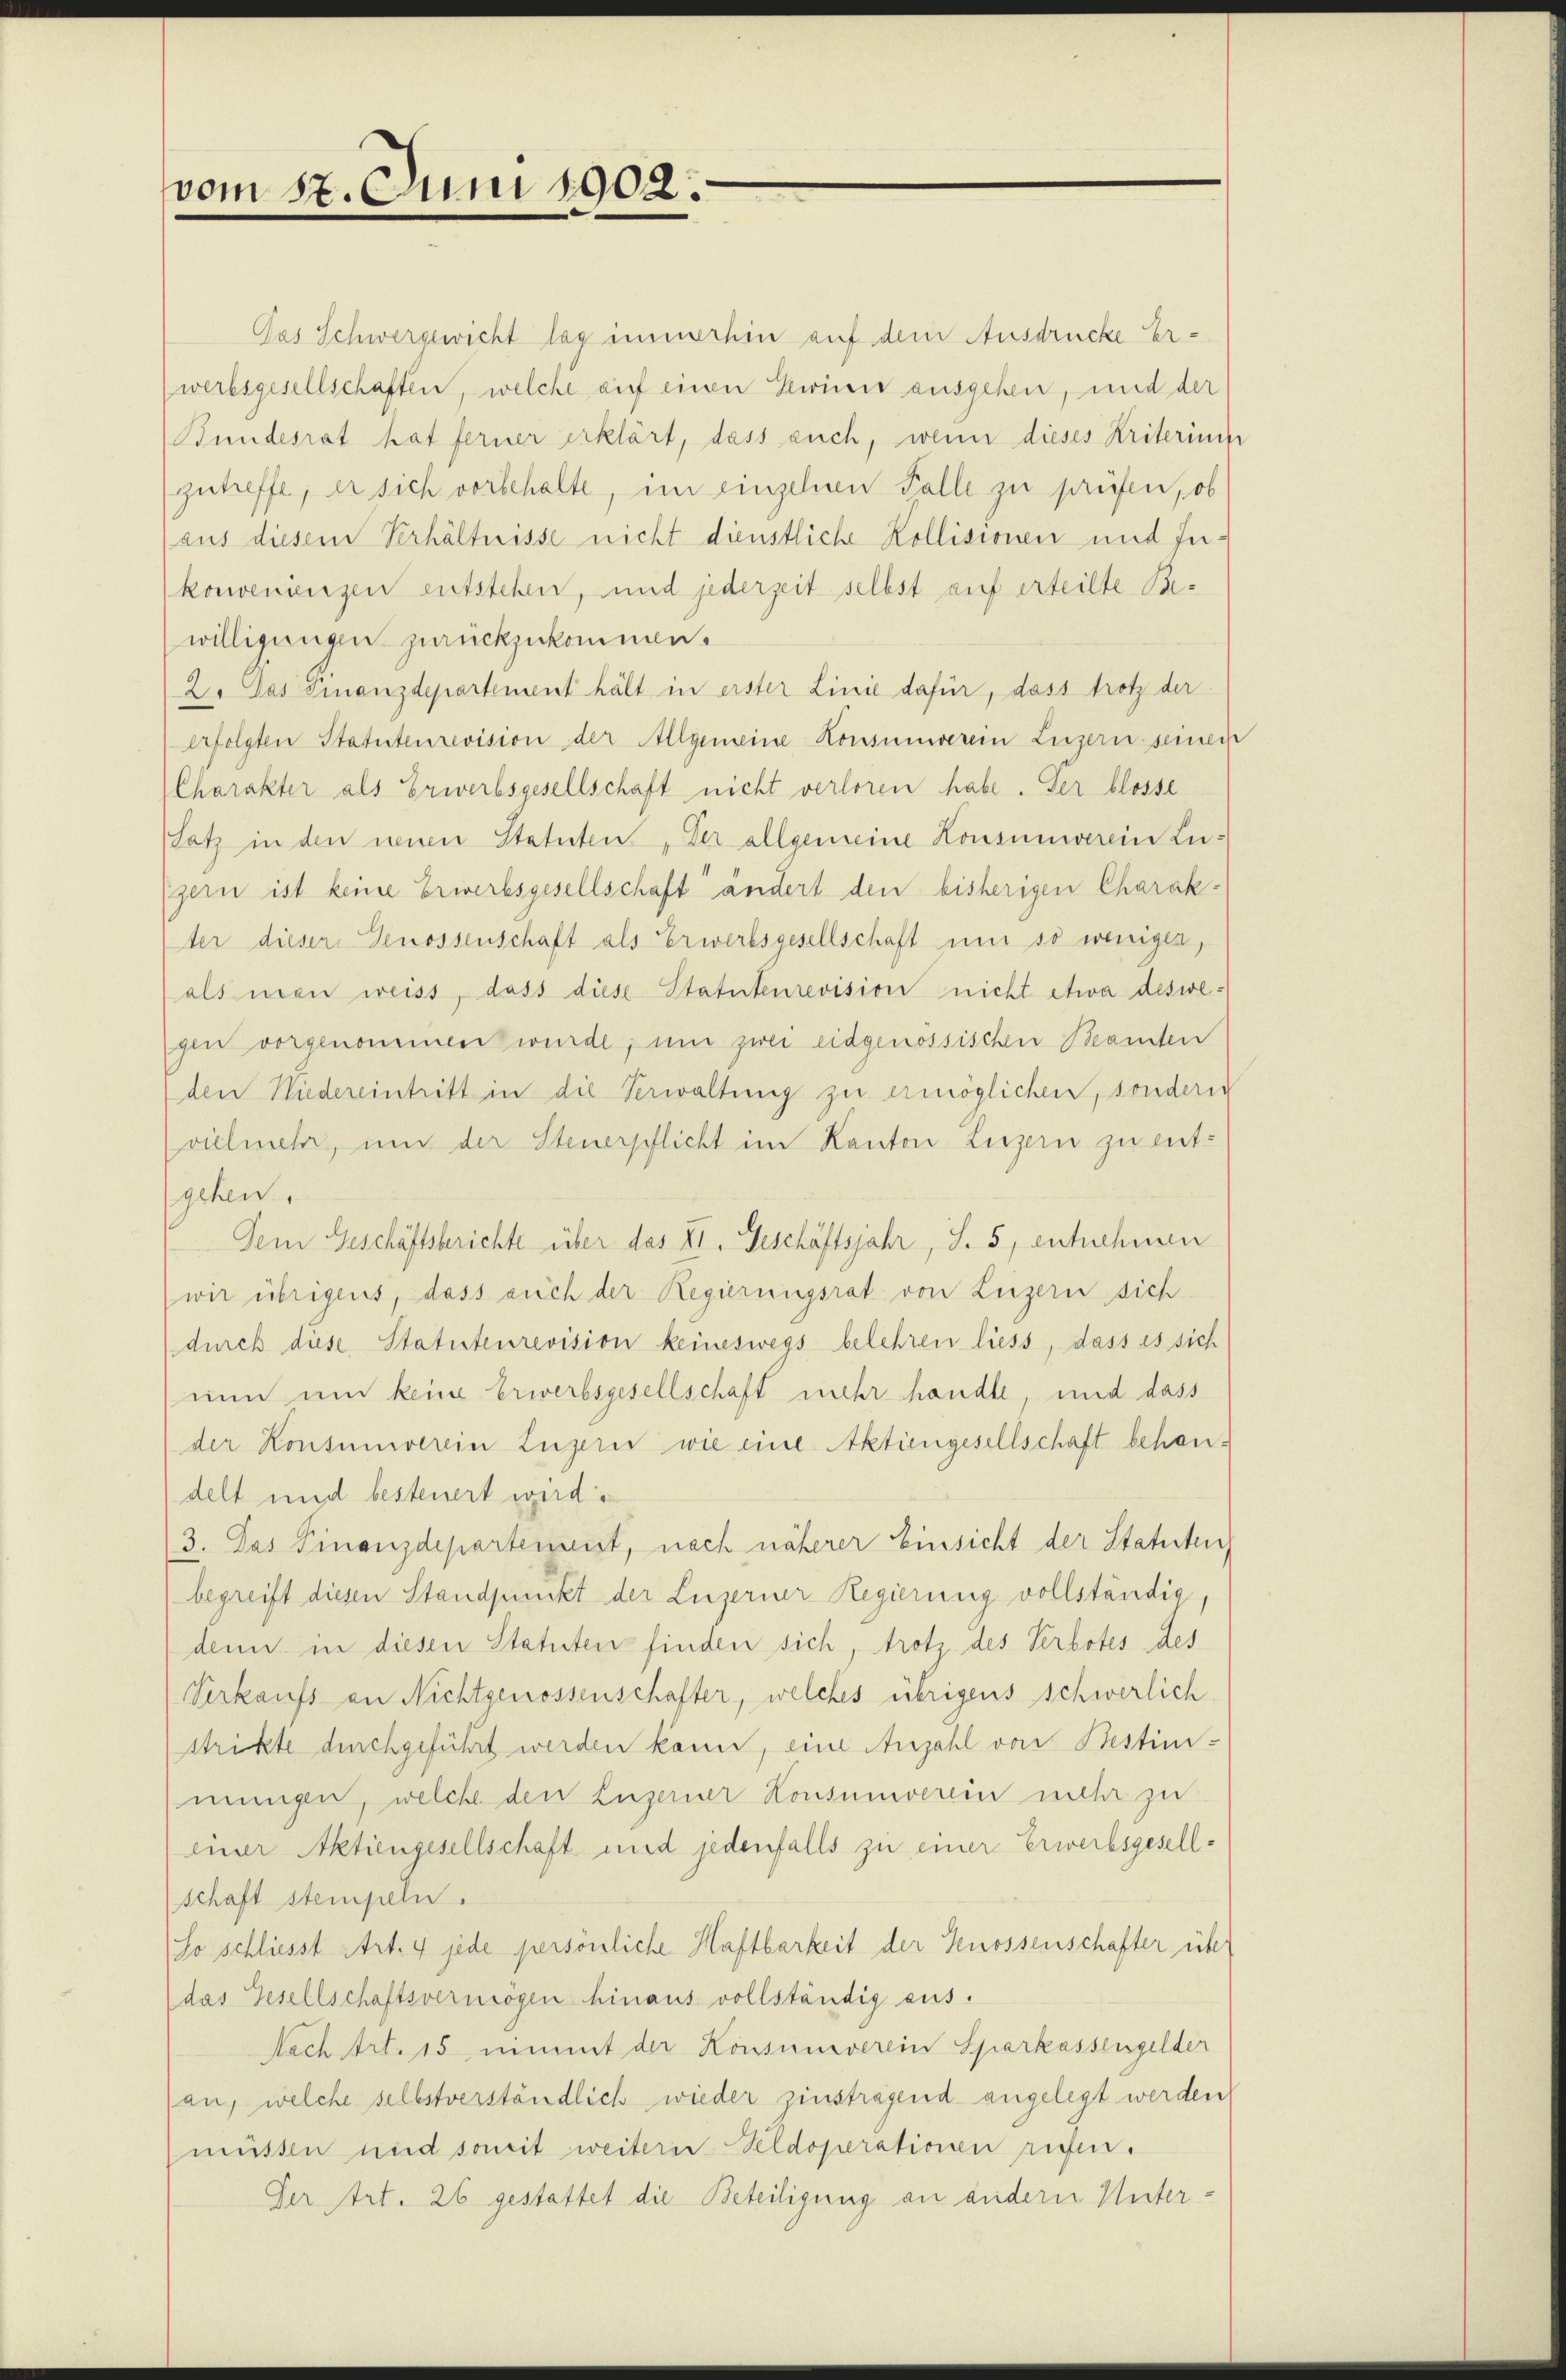
vom 17. Juni 1902.

Das Schwergewicht lag immerhin auf dem Ausdrücke Erwerbsgesellschaften, welche auf einen Keiner ausgehen, und der
Bundesrat hat ferner erklärt, dass auch, wenn dieses Kriterium
zutreffe; er sich vorbehalte, im einzelnen Falle zu prüfen, ob
aus diesem Verhältnisse nicht dienstliche Kollisionen und Inkonvenienzen entstehen, und jederzeit selbst auf erteilte Bewilligungen zurückzukommen.
2. Das Finanzdepartement hält in erster Linie dafür, dass trotz der
erfolgten Statutenrevision der Allgemeine Konsumverein Luzern seinen
Charakter als Erwerbsgesellschaft nicht verloren habe. Der blosse
Satz in den neuen Statuten, der allgemeine Konsumverein Lugern ist keine Erwerbsgesellschaft ändert den bisherigen Charak-
ter dieser Genossenschaft als Erwerbsgesellschaft und so wenigen,
als man weiss, dass diese Statutenrevision nicht etwa deswegen vorgenommen wurde, um zwei eidgenössischen Beanden
den Niedereintritt in die Verwaltung zu ermöglichen, sondern
vielmehr, und der Steuerpflicht im Kanton Luzern zu ent-
gehen.
Dem Geschäftsberichte über das XI. Geschäftsjahr, S. 5, entnehmen
wir übrigens, dass auch der Regierungsrat von Luzern sich
durch diese Statutenrevision keineswegs belehren liess, dass es sich
nun um keine Erwerbsgesellschaft mehr handle, und dass
der Konsumverein Luzern wie eine Aktiengesellschaft behandelt und besteuert wird.
3. Das Finanzdepartement, nach näherer Einsicht der Statuten
begreift diesen Standpunkt der Luzerner Regierung vollständig,
denn in diesen Statuten finden sich, trotz des Verbotes des
Verkaufs an Nichtgenossenschafter, welches übrigens schwerlich
strikte durchgeführt werden kann, eine Anzahl von Bestimmungen, welche den Luzerner Konsumverein mehr zu
einer Aktiengesellschaft und jedenfalls zu einer Erwerbsgesellschaft stempeln.
So schliesst Art. 4 jede persönliche Haftbarkeit der Genossenschafter über
das Gesellschaftsvermögen hinaus vollständig aus.
Nach Art. 15 nimmt der Konsumverein Sparkassengelder
an, welche selbstverständlich wieder zinstragend angelegt werden,
müssen und somit weiterer Veldoperationen rufen.
Der Art. 26 gestattet die Beteiligung an andern Unter¬